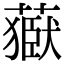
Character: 𦽕